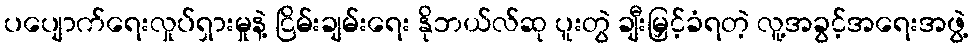
ပပျောက်ရေးလှုပ်ရှားမှုနဲ့ ငြိမ်းချမ်းရေး နိုဘယ်လ်ဆု ပူးတွဲ ချီးမြှင့်ခံရတဲ့ လူ့အခွင့်အရေးအဖွဲ့